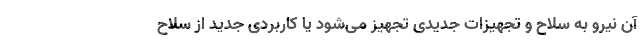
آن نیرو به سلاح و تجهیزات جدیدی تجهیز می‌شود یا کاربردی جدید از سلاح